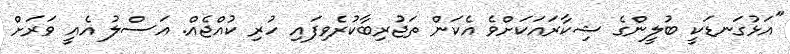
"އަޅުގަނޑަކީ ބުލީންގެ ޝިކާރައަކަށްވެ އެކަން ތަޖުރިބާކުރެވިފައި ހުރި ކުއްޖެއް. އަސްލު އެއީ ވަރަށް